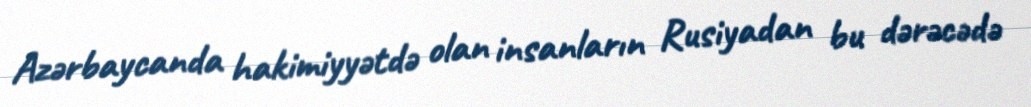
Azərbaycanda hakimiyyətdə olan insanların Rusiyadan bu dərəcədə